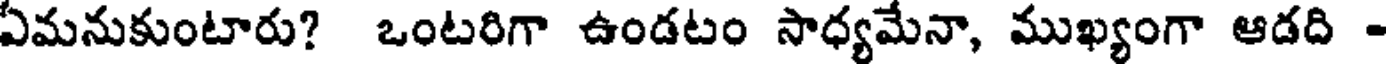
ఏమనుకుంటారు? ఒంటరిగా ఉండటం సాధ్యమేనా, ముఖ్యంగా ఆడది -